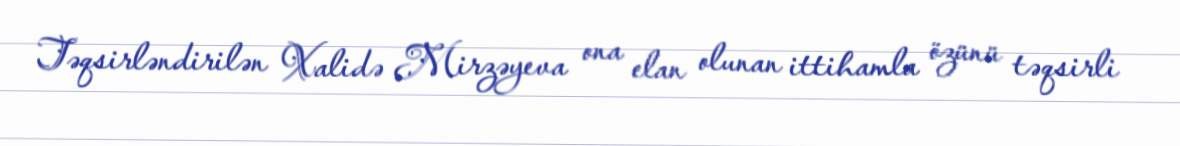
Təqsirləndirilən Xalidə Mirzəyeva ona elan olunan ittihamla özünü təqsirli